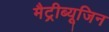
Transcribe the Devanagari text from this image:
मैट्रीब्यूजिन